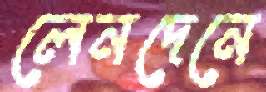
লেনদেনে